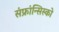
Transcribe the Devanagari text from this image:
संफ्रांन्सिस्को